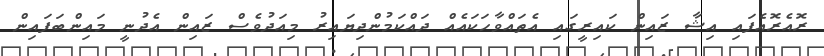
ރޮއެރޮއެފައި އިޝާ ޒައިން ކައިރީގައި އެތައްވާހަކައެއް ދައްކަމުންދިޔައިރު މިއަދުވެސް ޒައިން އެދުނީ މައިންބަފައިން